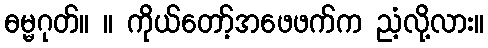
ဓမ္မဂုတ်။ ။ ကိုယ်တော့်အဖေဖက်က ညံ့လို့လား။